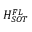
H _ { S O T } ^ { F L }